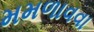
મમળાવવા